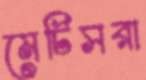
মেটিসরা